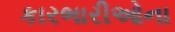
કારભારીઓના